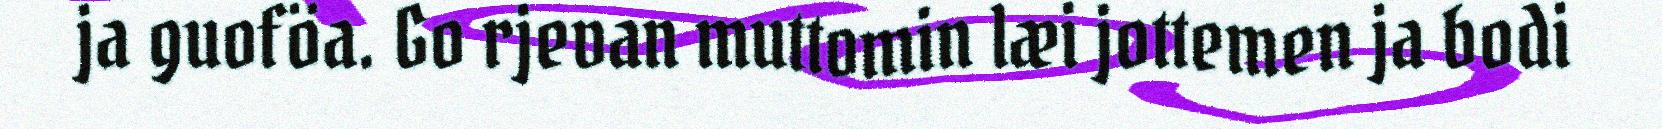
ja guoföa. Go rjevan muttomin læi jottemen ja bodi